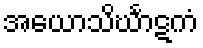
အယောသိင်္ဃာဋကံ